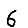
Digit: 6